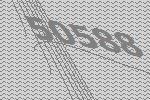
50588